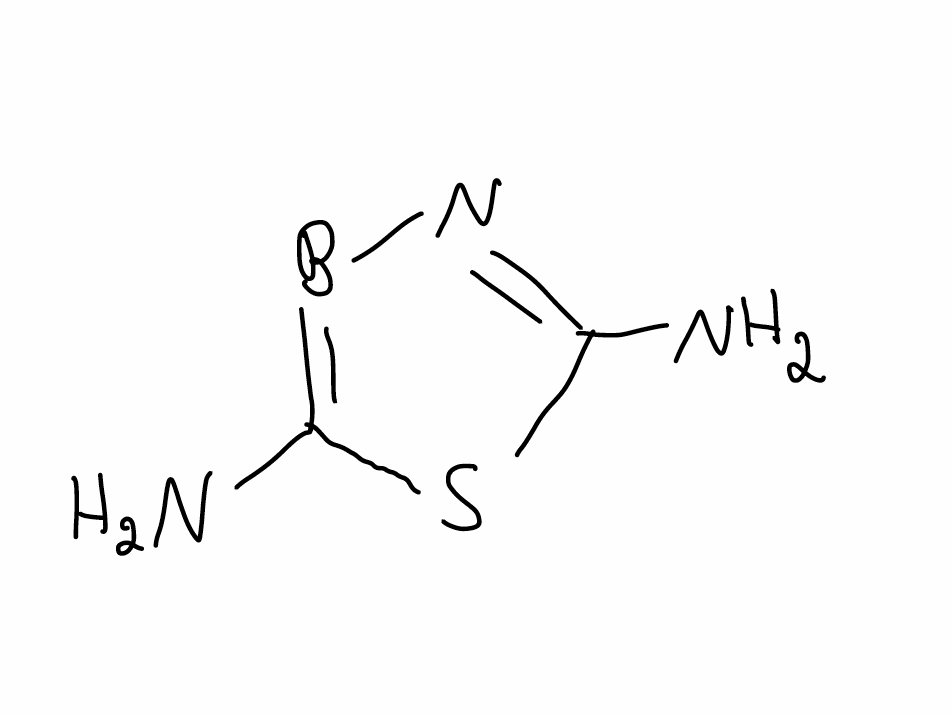
Simplified molecular-input line-entry system (SMILES) notation of the given molecule:
B1=C(SC(=N1)N)N